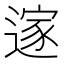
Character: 𮞼